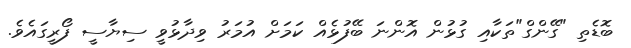
ބޮޑެތި "ގޭންގް"ތަކާއި ގުޅުން އޮންނަ ބޭފުޅެއް ކަމަށް އުމަރު ވިދާޅުވީ ސިޔާސީ ފޯރީގައެވެ.